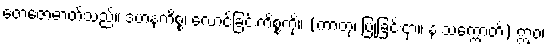
တေဇောဓာတ်သည်။ ဒဟနကိစ္စံ၊ လောင်ခြင်းကိစ္စကို။ (ကာတုံ၊ ပြုခြင်းငှာ။ န သက္ကောတိ) ဣဝ၊